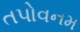
તપોવનમ